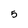
Character: 5